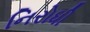
નિરોધી